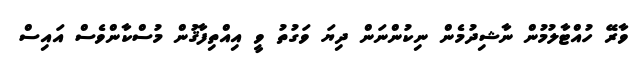
ވާރޭ ހުއްޓާލުމުން ނާޝިދުމެން ނިކުންނަން ދިޔަ ވަގުތު ވީ އިއްތިފާޤުން މުސްކާންވެސް އައިސް